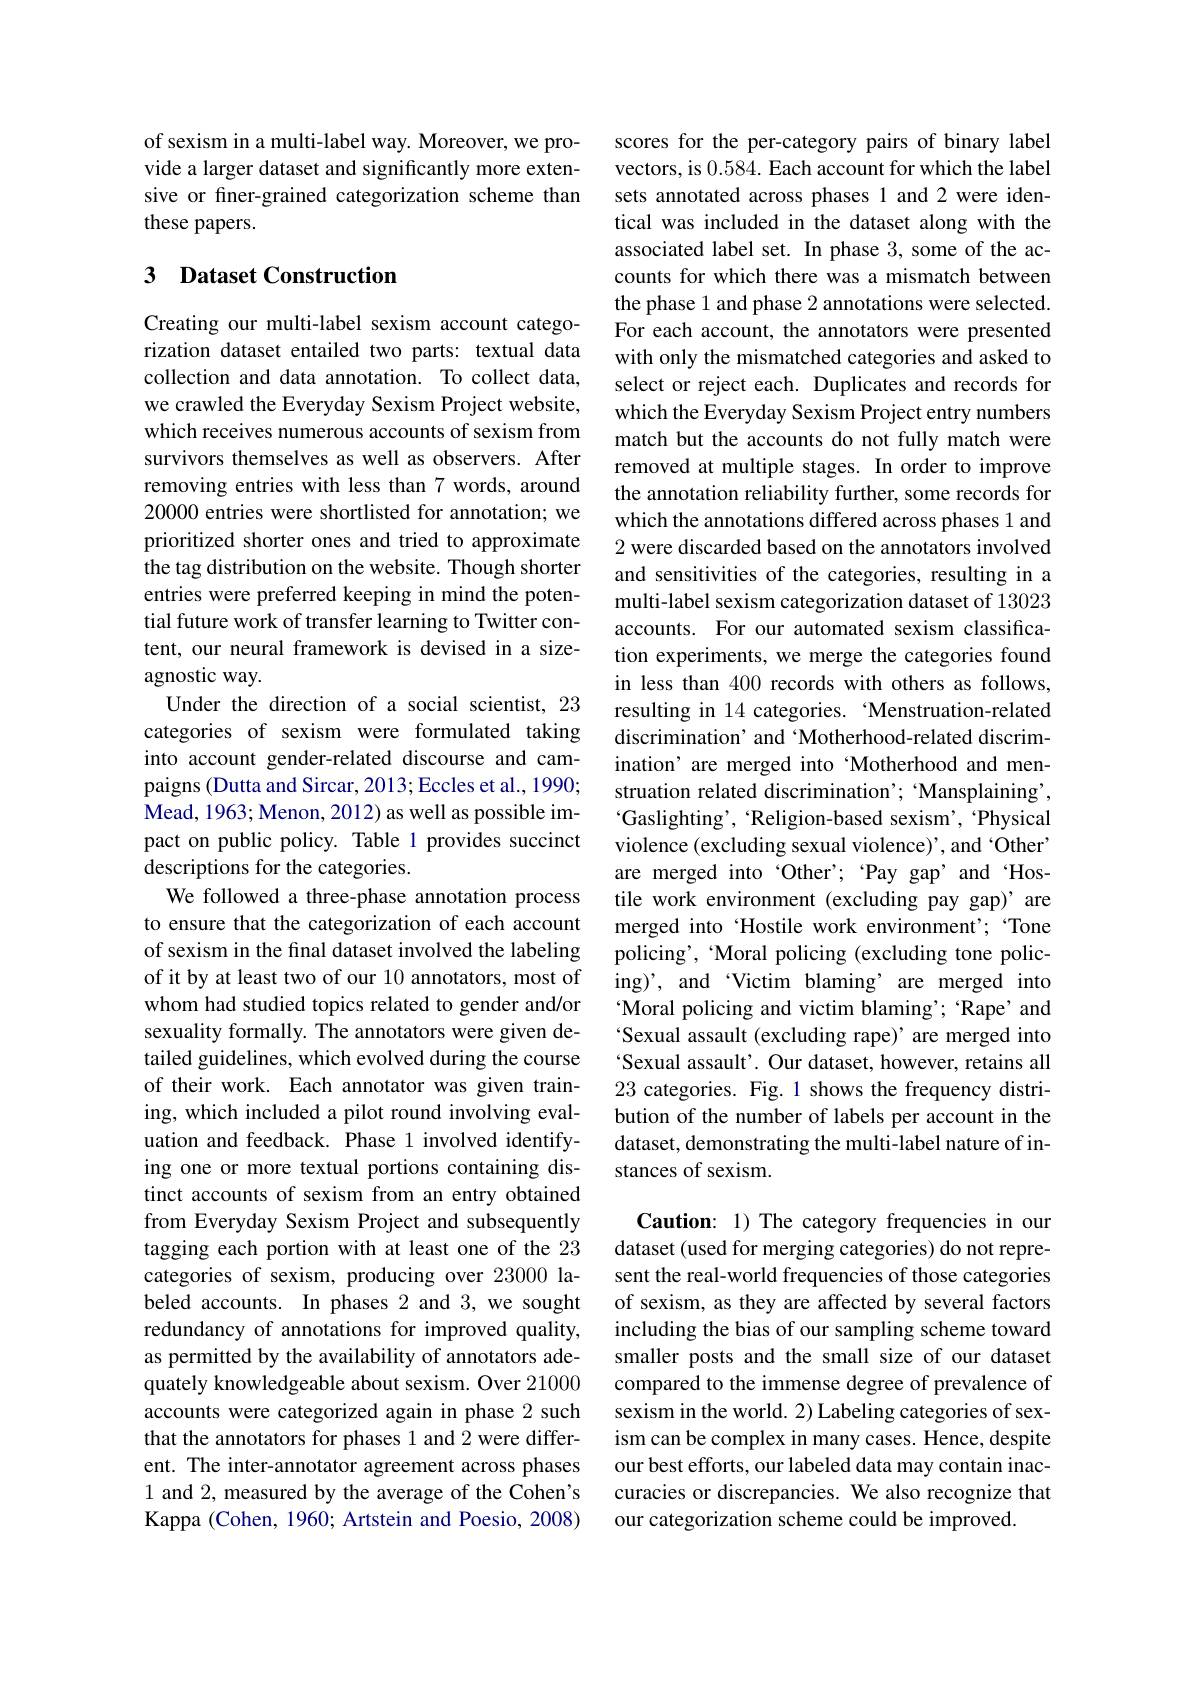
of sexism in a multi-label way. Moreover, we provide a larger dataset and significantly more extensive or finer-grained categorization scheme than these papers.

## 3 Dataset Construction

Creating our multi-label sexism account categorization dataset entailed two parts: textual data collection and data annotation. To collect data, we crawled the Everyday Sexism Project website, which receives numerous accounts of sexism from survivors themselves as well as observers. After removing entries with less than 7 words, around 20000 entries were shortlisted for annotation; we prioritized shorter ones and tried to approximate the tag distribution on the website. Though shorter entries were preferred keeping in mind the potential future work of transfer learning to Twitter content, our neural framework is devised in a sizeagnostic way.
Under the direction of a social scientist, 23 categories of sexism were formulated taking into account gender-related discourse and campaigns (Dutta and Sircar, 2013; Eccles et al., 1990; Mead, 1963; Menon, 2012) as well as possible impact on public policy. Table 1 provides succinct descriptions for the categories.
We followed a three-phase annotation process to ensure that the categorization of each account of sexism in the final dataset involved the labeling of it by at least two of our 10 annotators, most of whom had studied topics related to gender and/or sexuality formally. The annotators were given detailed guidelines, which evolved during the course of their work. Each annotator was given training, which included a pilot round involving evaluation and feedback. Phase 1 involved identifying one or more textual portions containing distinct accounts of sexism from an entry obtained from Everyday Sexism Project and subsequently tagging each portion with at least one of the 23 categories of sexism, producing over 23000 labeled accounts. In phases 2 and 3, we sought redundancy of annotations for improved quality, as permitted by the availability of annotators adequately knowledgeable about sexism. Over 21000 accounts were categorized again in phase 2 such that the annotators for phases 1 and 2 were different. The inter-annotator agreement across phases 1 and 2, measured by the average of the Cohen's Kappa (Cohen, 1960; Artstein and Poesio, 2008)

scores for the per-category pairs of binary label vectors, is 0.584. Each account for which the label sets annotated across phases 1 and 2 were identical was included in the dataset along with the associated label set. In phase 3, some of the accounts for which there was a mismatch between the phase 1 and phase 2 annotations were selected. For each account, the annotators were presented with only the mismatched categories and asked to select or reject each. Duplicates and records for which the Everyday Sexism Project entry numbers match but the accounts do not fully match were removed at multiple stages. In order to improve the annotation reliability further, some records for which the annotations differed across phases 1 and 2 were discarded based on the annotators involved and sensitivities of the categories, resulting in a multi-label sexism categorization dataset of 13023 accounts. For our automated sexism classification experiments, we merge the categories found in less than 400 records with others as follows, resulting in 14 categories. 'Menstruation-related discrimination’ and ‘Motherhood-related discrimination' are merged into "Motherhood and menstruation related discrimination' Mansplaining' , Gaslighting', "Religion-based sexism', 'Physical violence (excluding sexual violence)', and 'Other' are merged into ‘Other’’ Pay gap’ and‘Hostile work environment (excluding pay gap)’ are merged into 'Hostile work environment' "Tone policing', "Moral policing (excluding tone policing)', and 'Victim blaming’are merged into Moral policing and victim blaming' Rape' and Sexual assault (excluding rape)' are merged into Sexual assault'. Our dataset, however, retains all 23 categories. Fig. 1 shows the frequency distribution of the number of labels per account in the dataset, demonstrating the multi-label nature of instances of sexism.

Caution: 1) The category frequencies in our dataset (used for merging categories) do not represent the real-world frequencies of those categories of sexism, as they are affected by several factors including the bias of our sampling scheme toward smaller posts and the small size of our dataset compared to the immense degree of prevalence of sexism in the world. 2) Labeling categories of sexism can be complex in many cases. Hence, despite our best efforts, our labeled data may contain inaccuracies or discrepancies. We also recognize that our categorization scheme could be improved